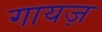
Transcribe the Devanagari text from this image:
गायज़